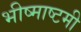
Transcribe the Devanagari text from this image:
भीष्माष्टमी